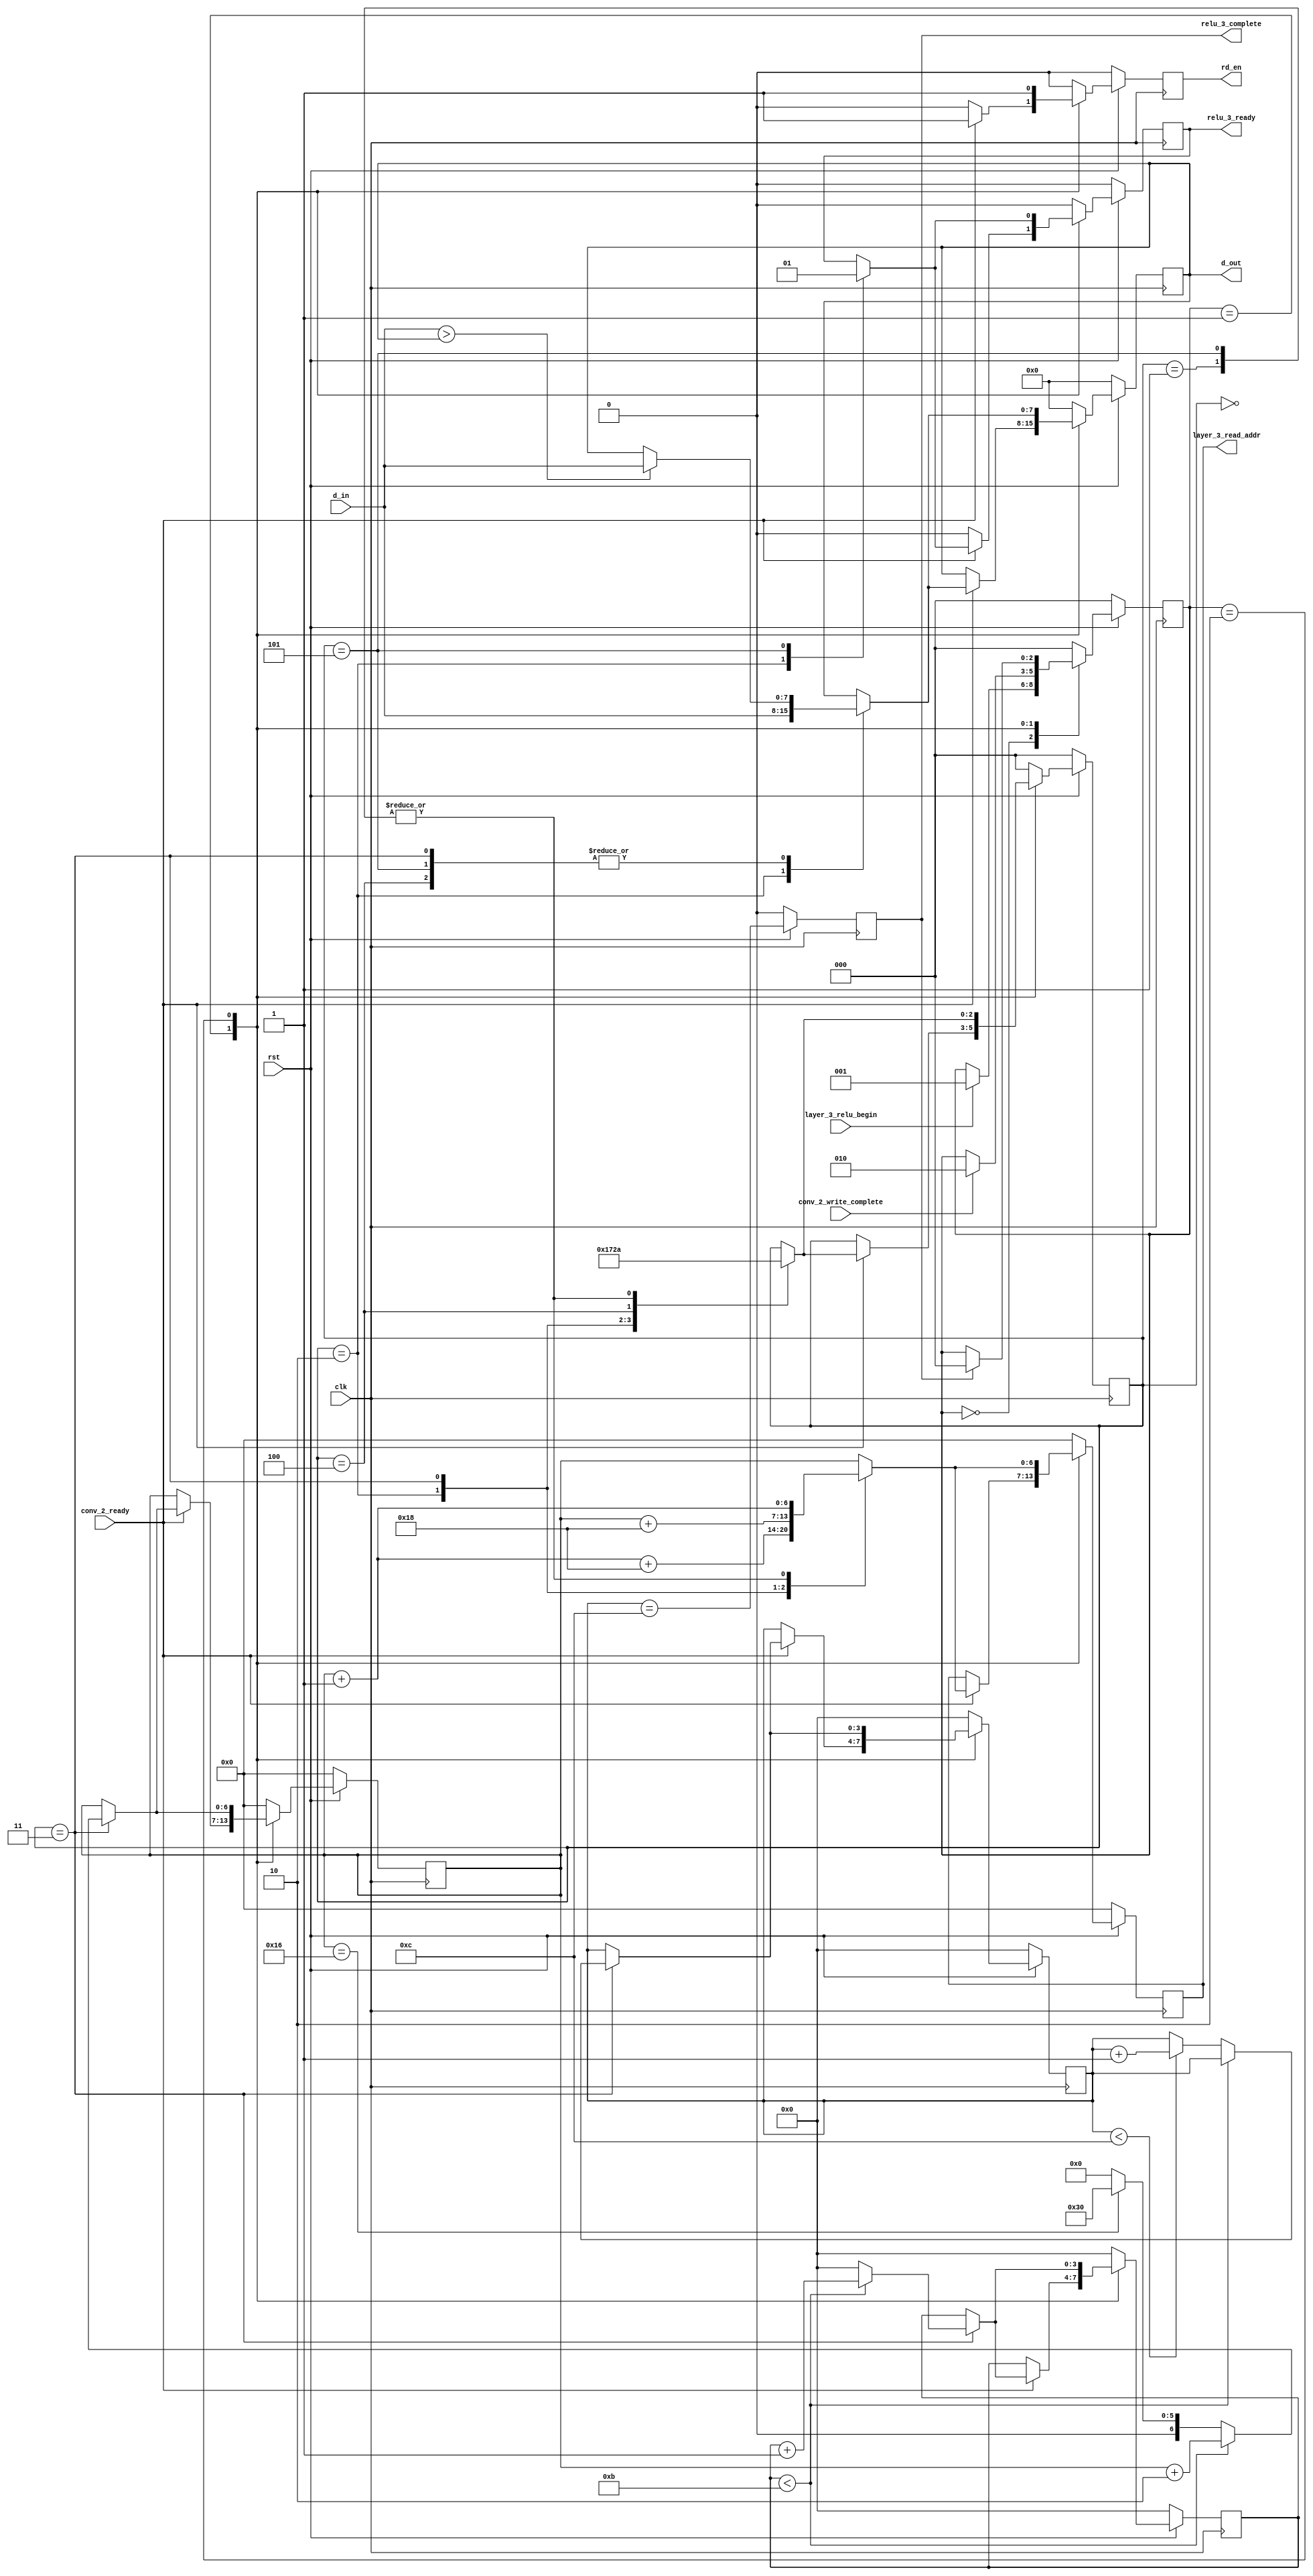
module Relu3(
    input clk,
    input rst,
    input layer_3_relu_begin,
    input [7:0] d_in,
    input conv_2_ready,
    input conv_2_write_complete,
    output reg [7:0] d_out,
    output reg rd_en = 1'b0,
    output reg [6:0] layer_3_read_addr = 7'd0,
    output reg relu_3_ready = 1'b0,
    output reg relu_3_complete = 1'b0
);

    // 
    parameter
        VACANT = 3'd0,
        WAIT_CONV2 = 3'd1,
        GO_ON = 3'd2;
    reg [2:0] state = 3'd0;
    always @(posedge clk) begin
        if(!rst) begin
            state <= VACANT;
        end
        else begin
            case(state)
                VACANT: begin
                    if(layer_3_relu_begin) begin
                        state <= WAIT_CONV2;
                    end
                end
                WAIT_CONV2: begin
                    if(conv_2_write_complete) begin
                        state <= GO_ON;
                    end
                end
                GO_ON: begin
                    if(relu_3_complete) begin
                        state <= VACANT;
                    end
                end
                default: begin
                    state <= VACANT;
                end
            endcase
        end
    end

    // 
    always @(posedge clk) begin
        if(!rst) begin
            rd_en <= 1'b0;
        end
        else begin
            case(state)
                VACANT: begin
                    rd_en <= 1'b0;
                end
                WAIT_CONV2: begin
                    if(conv_2_ready) begin
                        rd_en <= 1'b1;
                    end
                    else begin
                        rd_en <= 1'b0;
                    end
                end
                GO_ON: begin
                    rd_en <= 1'b1;
                end
                default: begin
                    rd_en <= 1'b0;
                end
            endcase
        end
    end

    // 
    // POOL_STARTPOOL_ZEROaddrd_out
    parameter pool_stride = 2'd2;
    parameter  input_raw = 6'd24;
    parameter 
        POOL_START = 3'd0,
        POOL_ZERO = 3'd1,
        POOL_ONE = 3'd2,
        POOL_TWO = 3'd3,
        POOL_THREE = 3'd4,
        POOL_FOUR = 3'd5;
    // 
    parameter pool_size = 3'd4;
    reg [2:0] pool_count = POOL_START;
    // 
    reg [6:0] head_addr = 7'd0;
    parameter input_raw_div = 4'd12;
    // 
    reg [3:0] head_addr_jump_count = 4'd0;
    parameter input_line_div = 4'd12;
    // 
    reg [3:0] line_count = 4'd0;
    always @(posedge clk) begin
        if(!rst) begin
            layer_3_read_addr <= 7'd0;
            d_out <= 8'd0;
            pool_count <= POOL_START;
            head_addr <= 7'd0;
            head_addr_jump_count <= 4'd0;
            relu_3_ready <= 1'b0;
            line_count <= 4'd0;
        end
        else begin
            case(state)
                VACANT: begin
                    layer_3_read_addr <= 7'd0;
                    d_out <= 8'd0;
                    pool_count <= POOL_START;
                    head_addr <= 7'd0;
                    head_addr_jump_count <= 4'd0;
                    relu_3_ready <= 1'b0;
                    line_count <= 4'd0;
                end
                WAIT_CONV2: begin
                    if(conv_2_ready) begin
                        // ram
                        case(pool_count)
                            POOL_START: begin
                                layer_3_read_addr <= head_addr;
                                pool_count <= POOL_ZERO;
                            end
                            POOL_ZERO: begin
                                layer_3_read_addr <= head_addr + 7'd1;
                                pool_count <= POOL_ONE;
                            end
                            POOL_ONE: begin
                                layer_3_read_addr <= head_addr + 7'd1 + input_raw;
                                d_out <= d_in;
                                relu_3_ready <= 1'b0;
                                pool_count <= POOL_TWO;
                            end
                            POOL_TWO: begin
                                layer_3_read_addr <= head_addr + input_raw;
                                if(d_in > d_out) begin
                                    d_out <= d_in;
                                end
                                head_addr_jump_count <= head_addr_jump_count < input_raw_div - 1? head_addr_jump_count + 4'd1:4'd0;
                                if(head_addr_jump_count < input_raw_div - 1) begin
                                    head_addr <= head_addr + pool_stride;
                                end
                                else begin
                                    head_addr <= head_addr == input_raw - pool_stride? (input_raw << 1):0;
                                    if(line_count < input_line_div) begin
                                        line_count <= line_count + 4'd1;
                                    end
                                end
                                pool_count <= POOL_THREE;
                            end
                            POOL_THREE: begin
                                layer_3_read_addr <= head_addr;
                                if(d_in > d_out) begin
                                    d_out <= d_in;
                                end
                                pool_count <= POOL_FOUR;
                            end
                            POOL_FOUR: begin
                                layer_3_read_addr <= head_addr + 7'd1;
                                if(d_in > d_out) begin
                                    d_out <= d_in;
                                end
                                relu_3_ready <= 1'b1;
                                pool_count <= POOL_ONE;
                            end
                            default: begin
                                layer_3_read_addr <= head_addr;
                            end
                        endcase
                    end
                    else begin
                        relu_3_ready <= 1'b0;
                    end
                end
                GO_ON: begin
                    // ram
                    case(pool_count)
                        POOL_START: begin
                            layer_3_read_addr <= head_addr;
                            pool_count <= POOL_ZERO;
                        end
                        POOL_ZERO: begin
                            layer_3_read_addr <= head_addr + 7'd1;
                            pool_count <= POOL_ONE;
                        end
                        POOL_ONE: begin
                            layer_3_read_addr <= head_addr + 7'd1 + input_raw;
                            d_out <= d_in;
                            relu_3_ready <= 1'b0;
                            pool_count <= POOL_TWO;
                        end
                        POOL_TWO: begin
                            layer_3_read_addr <= head_addr + input_raw;
                            if(d_in > d_out) begin
                                d_out <= d_in;
                            end
                            head_addr_jump_count <= head_addr_jump_count < input_raw_div - 1? head_addr_jump_count + 4'd1:4'd0;
                            if(head_addr_jump_count < input_raw_div - 1) begin
                                head_addr <= head_addr + pool_stride;
                            end
                            else begin
                                head_addr <= head_addr == input_raw - pool_stride? (input_raw << 1):0;
                                if(line_count < input_line_div) begin
                                    line_count <= line_count + 4'd1;
                                end
                            end
                            pool_count <= POOL_THREE;
                        end
                        POOL_THREE: begin
                            layer_3_read_addr <= head_addr;
                            if(d_in > d_out) begin
                                d_out <= d_in;
                            end
                            pool_count <= POOL_FOUR;
                        end
                        POOL_FOUR: begin
                            layer_3_read_addr <= head_addr + 7'd1;
                            if(d_in > d_out) begin
                                d_out <= d_in;
                            end
                            relu_3_ready <= 1'b1;
                            pool_count <= POOL_ONE;
                        end
                        default: begin
                            layer_3_read_addr <= head_addr;
                        end
                    endcase
                end
                default: begin
                    layer_3_read_addr <= 7'd0;
                    d_out <= 8'd0;
                    pool_count <= POOL_START;
                    head_addr <= 7'd0;
                    head_addr_jump_count <= 4'd0;
                    relu_3_ready <= 1'b0;
                    line_count <= 4'd0;
                end
            endcase
        end
    end

    // 
    wire relu_3_complete_ = line_count == input_line_div;

    always @(posedge clk) begin
        if(!rst) begin
            relu_3_complete <= 1'b0;
        end
        else begin
            relu_3_complete <= relu_3_complete_;
        end
    end

endmodule